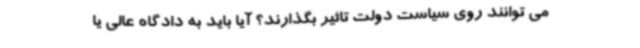
می توانند روی سیاست دولت تاثیر بگذارند؟ آیا باید به دادگاه عالی یا